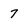
Character: 7